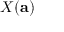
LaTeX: X ( \mathbf { a } )